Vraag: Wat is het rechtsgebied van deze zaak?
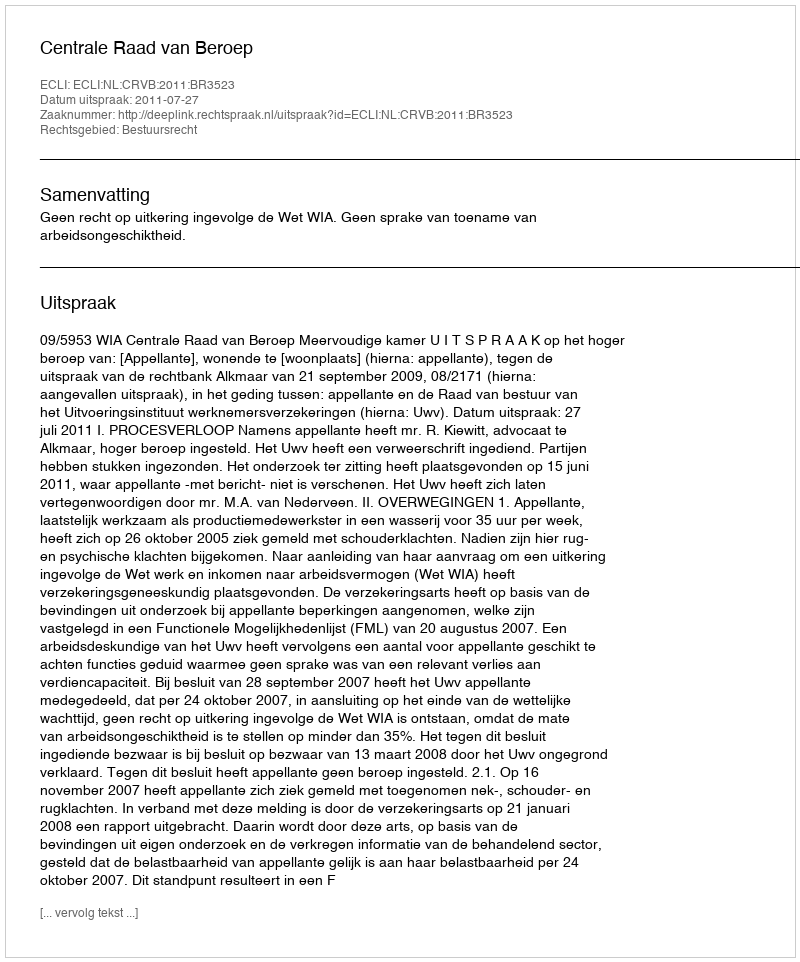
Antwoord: Bestuursrecht